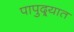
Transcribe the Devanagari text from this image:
पापुद्र्यात